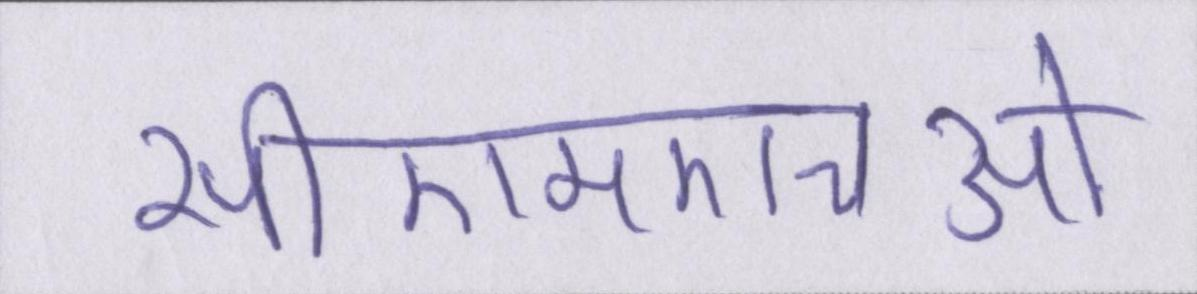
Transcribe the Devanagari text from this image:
सीएमएचओ